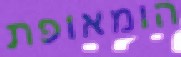
הומאופת